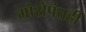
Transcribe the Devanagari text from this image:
मोरोपंतही